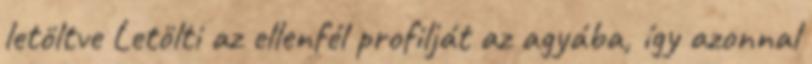
letöltve Letölti az ellenfél profilját az agyába, így azonnal